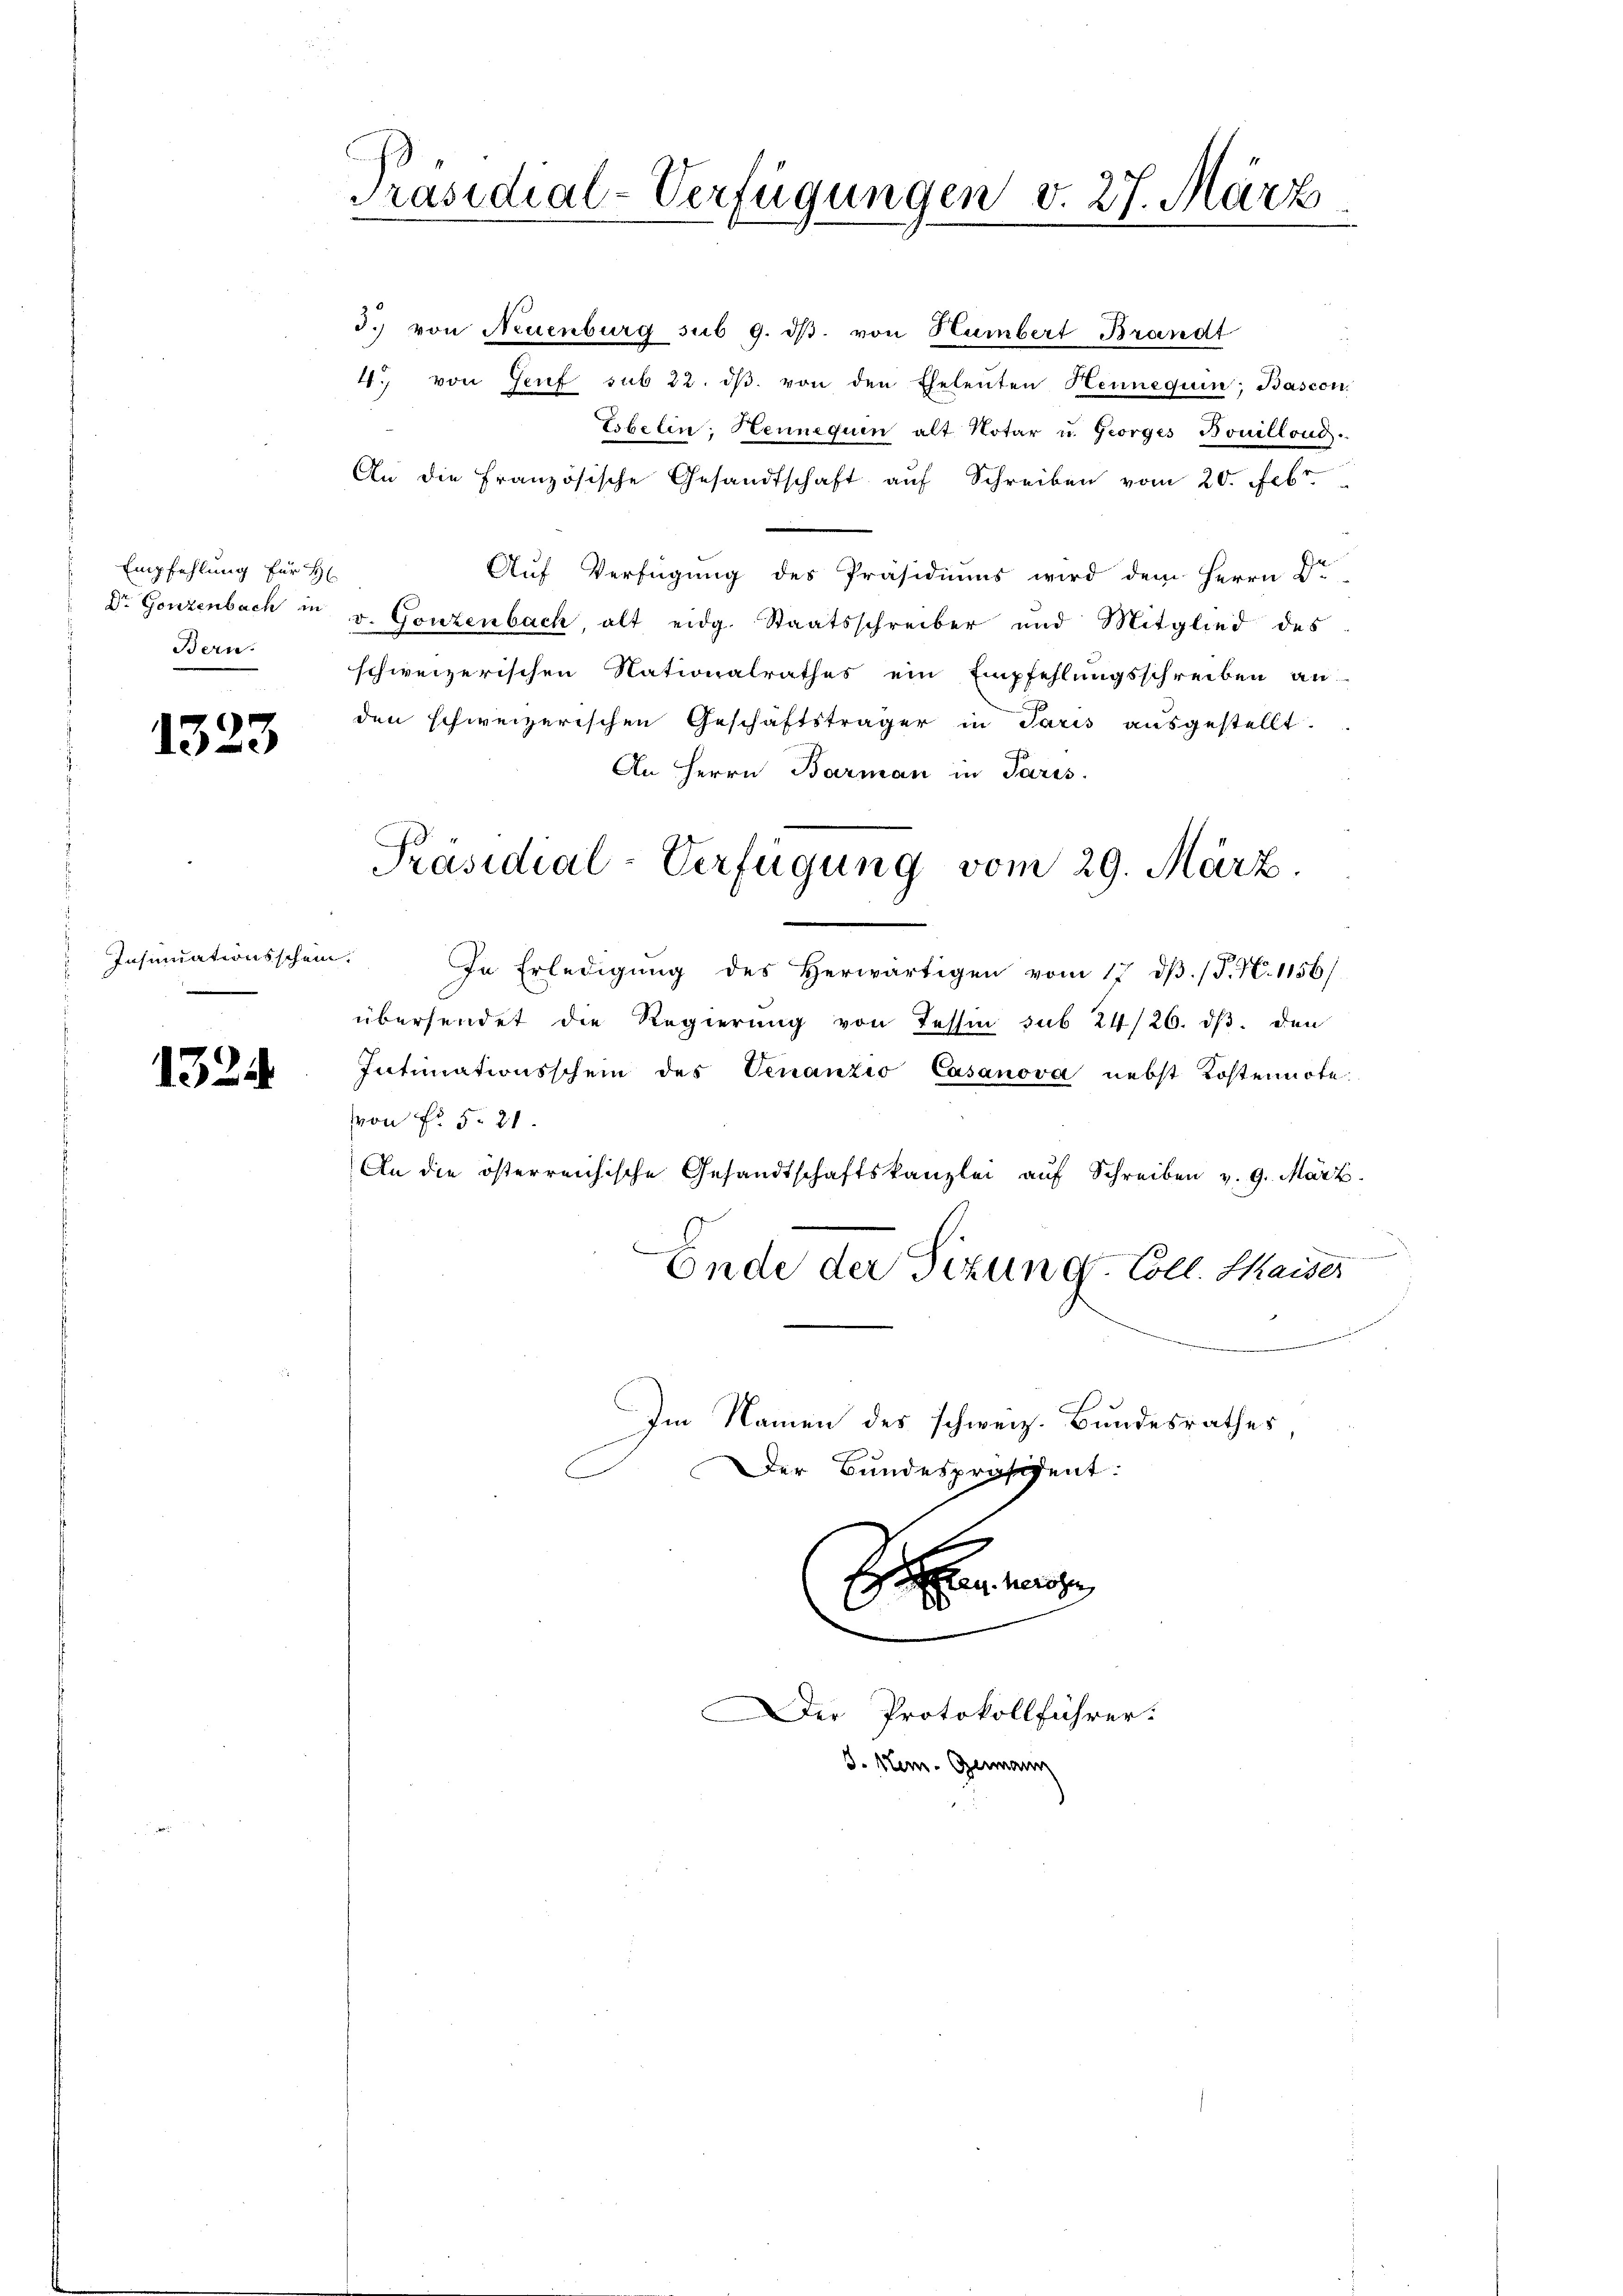
Empfehlung für H
Bern.

1323

d.) von Neuenburg sub 9. dβ. von Humbert Brandt
4. von Genf sub 22. dβ. von den Eheleuten Heunequin; Bascon
Esbelen, Hennequen alt Notar u. Georges Bouillond
An die französische Gesandtschaft aŭf Schreiben vom 20. Febr
Auf Verfügung des Präsidiums wird dem Herrn Dr
 Dr. Gonzenbach in v. Gonzenbach, alt eidg. Staatsschreiber und Mitglied des
schweizerischen Nationalrathes ein Empfehlungsschreiben an
den schweizerischen Geschäftsträger in Paris ausgestellt.
An Herrn Barman in Paris.
In Erledigung des Herwärtigen vom 17. dβ. (T. N. 1156/
übersendet die Regierŭng von Tessin sub 24/26. dβ. den
Intimationsschein des Venanzio Casanova nebst Kostennote
von No. 5. 21.
An die österreichische Gesandtschaftskanzlei aŭf Schreiben v. 9. März.
Ende der Sitzung. Coll. Kaiser
Im Namen des schweiz. Bundesrathes
Der Bundespräsident:
Errung
¬
er Protokollführer:

Insundationsschein.
i

1324.

Präsidial-Verfügungen v. 27. März.

Präsidial-Verfügung vom 29. März.

d. Stem. Genann